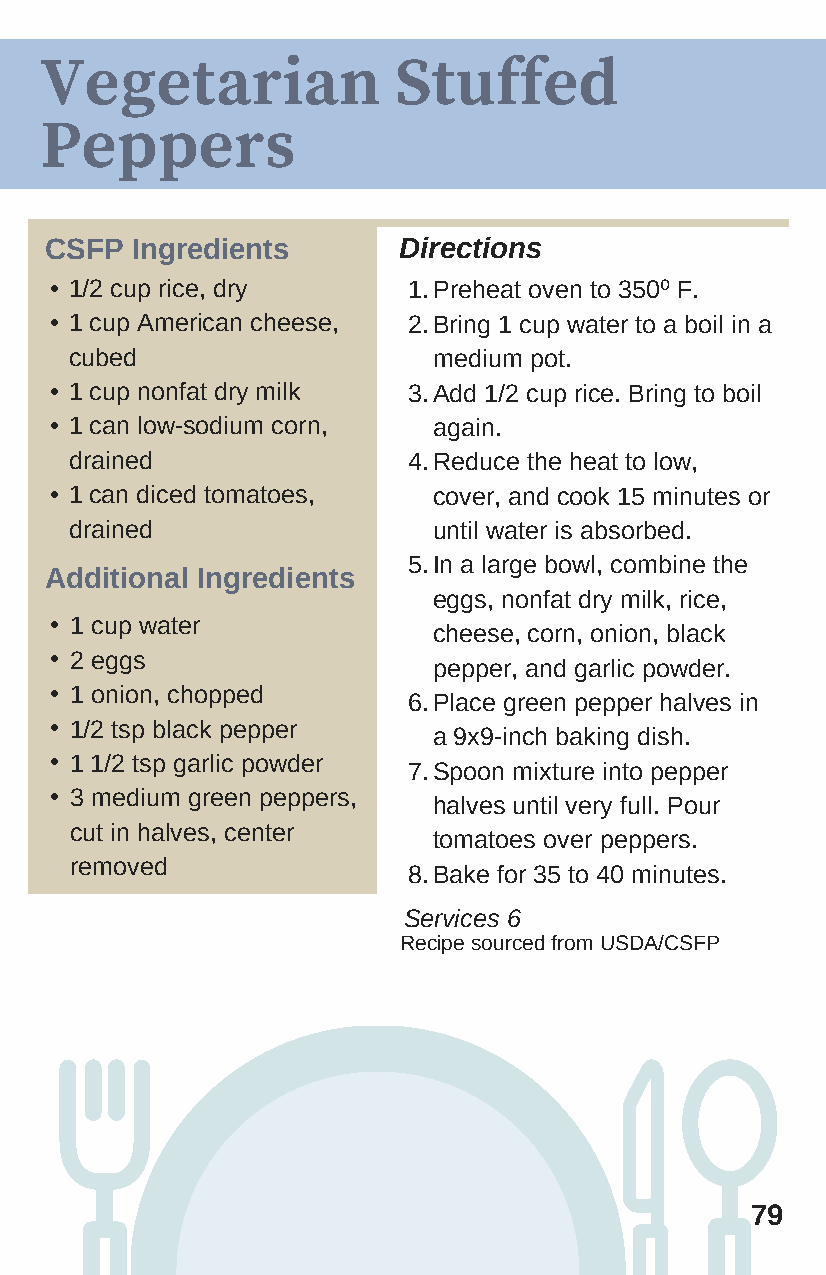
Vegetarian             Stuffed
 Peppers
 CSFP  Ingredients      Directions
 • 1/2 cup rice, dry     1. Preheat oven to 350⁰ F.
 • 1 cup American cheese, 2. Bring 1 cup water to a boil in a
 cubed                   medium pot.
 • 1 cup nonfat dry milk 3. Add 1/2 cup rice. Bring to boil
 • 1 can low-sodium corn,  again.
 drained               4. Reduce the heat to low,
 • 1 can diced tomatoes,   cover, and cook 15 minutes or
 drained                 until water is absorbed.
 5. In a large bowl, combine the
 Additional Ingredients
 eggs, nonfat dry milk, rice,
 • 1 cup water
 cheese, corn, onion, black
 • 2 eggs
 pepper, and garlic powder.
 • 1 onion, chopped
 6. Place green pepper halves in
 • 1/2 tsp black pepper
 a 9x9-inch baking dish.
 • 1 1/2 tsp garlic powder
 7. Spoon mixture into pepper
 • 3 medium green peppers,
 halves until very full. Pour
 cut in halves, center
 tomatoes over peppers.
 removed
 8.Bake for 35 to 40 minutes.
 Services 6
 Recipe sourced from USDA/CSFP
 79